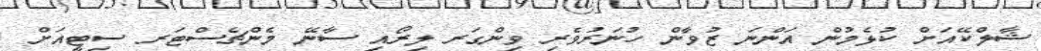
ޝާލްކޭއަށް ކުޅެމުން އަންނަ ޒުވާން ހުނަރުވެރި ވިންގަރ ލިރޯއި ސާނޭ މެންޗެސްޓަރ ސިޓީއަށް